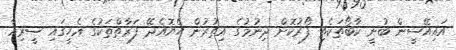
އައިއޭސީން ބުނީ ކާބޯތަކެތި ފޯރުކޮށް ދިނުމުގެ އިތުރުން ހެޔޮއެދޭ ފަރާތްތަކުގެ އެހީގައި ސީރިއާ